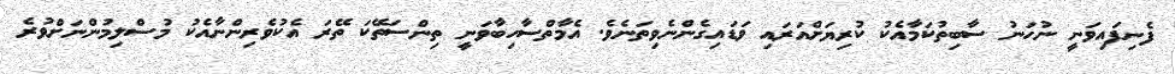
ފެނިފައިވަނީ ނުހަނު ސާބިތުކަމާއެކު ކުރިޔަށްއަރައި ވަޑައިގެންނެވިތަނެވެ. އެމާތްސާހިބާވަނީ ތިންސަތޭކަ ތޭރަ އެކުވެރިންނާއެކު މުސްލިމުންނަށްވުރެ